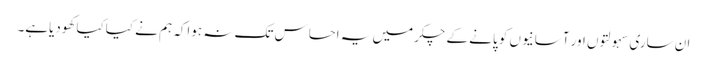
ان ساری سہولتوں اور آسانیوں کو پانے کے چکرمیں یہ احساس تک نہ ہواکہ ہم نے کیاکیا کھودیاہے۔